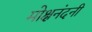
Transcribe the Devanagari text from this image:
मोक्षनंदनी